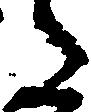
た